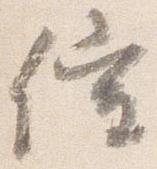
催